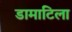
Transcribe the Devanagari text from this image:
डामाटिला